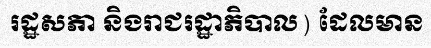
រដ្ឋសភា និងរាជរដ្ឋាភិបាល) ដែលមាន